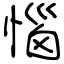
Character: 惱